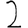
Digit: 2